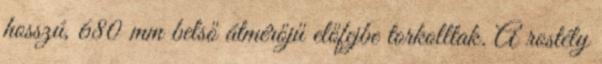
hosszú, 680 mm belső átmérőjű előfejbe torkolltak. A rostély